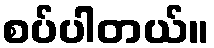
စပ်ပါတယ်။